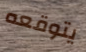
يتوقعه